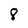
Character: 8